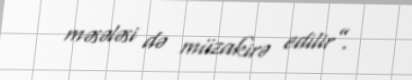
məsələsi də müzakirə edilir”.